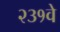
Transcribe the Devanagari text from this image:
२३१वे